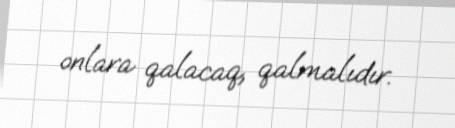
onlara qalacaq, qalmalıdır.